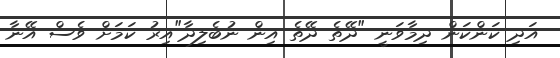
އަދި ކަންކަން ދިމާވަނީ "ދޭތެ ދޭތެ އިން ނުބެލިދާ"އިރު ކަމަށް ވެސް އޭނާ